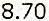
8.70